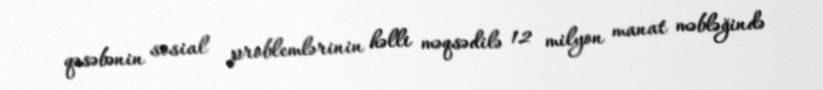
qəsəbənin sosial problemlərinin həlli məqsədilə 12 milyon manat məbləğində